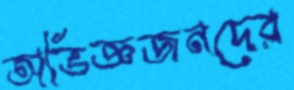
অভিজ্ঞজনদের